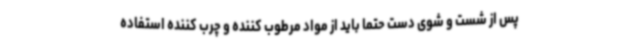
پس از شست و شوی دست حتما باید از مواد مرطوب کننده و چرب کننده استفاده